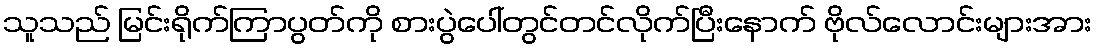
သူသည် မြင်းရိုက်ကြာပွတ်ကို စားပွဲပေါ်တွင်တင်လိုက်ပြီးနောက် ဗိုလ်လောင်းများအား